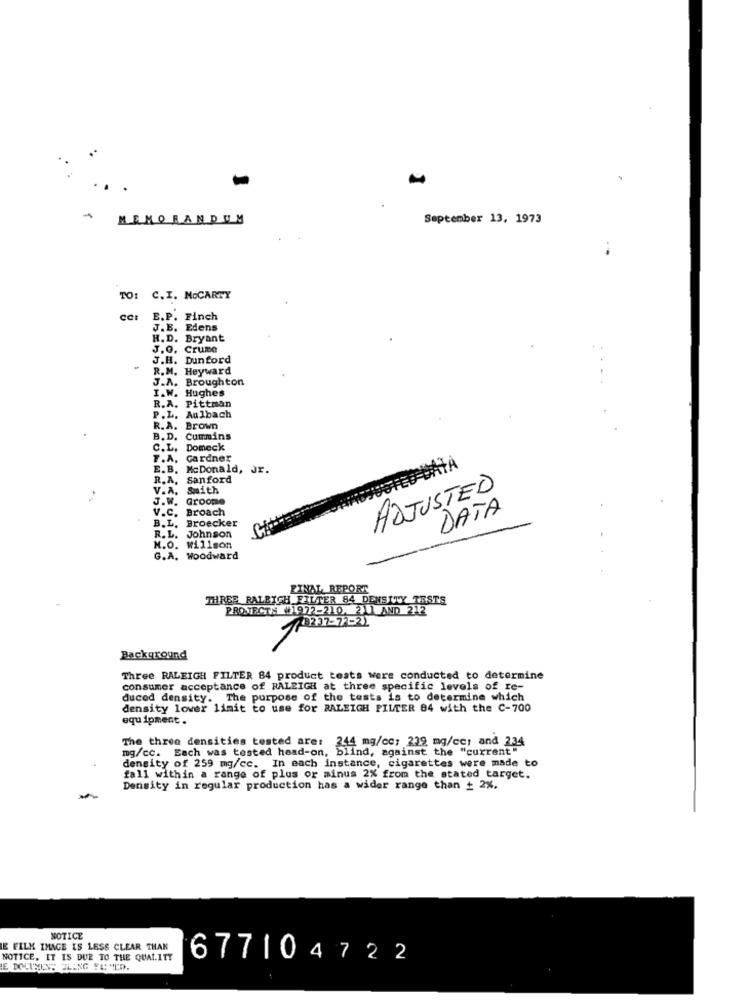
MEMORANDUM
September 13, 1973
TO: C. I. MOCARTY
car
E.P. Finch
J.B. Edens
H.D. Bryant
J.O. Crume
J.H. Dunford
R.M. Heyward
J.A. Broughton
I.W. Hughes
R.A. Pittman
P.L. Aulbach
R.A. Brown
B. D. Cummins
C.L.
Domeck
F.A. Gardner
E.B. McDonald, Jr.
R. A.
Sanford
V.A. Smith
ADJUSTED
J.W. Groome
V.C. Broach
DATA
B. L. Broecker
R. L. Johnson
M.O. Willson
G.A. woodward
FINAL REPORT
THREE RALEIGH FILTER 84 DENSITY TESTS
PROJECTS #1972-210. 211 AND 212
19237-72-21
Background
Three RALEIGH FILTER 84 product tests were conducted to determine
consumer acceptance of RALEIGH at three specific levels of re-
duced density. The purpose of the tests is to determine which
density lover limit to use for RALEIGH FILTER 84 with the C-700
equipment .
The three densities tested are:
mg/cc. Each was tested head-on, blind, against the "current"
244 mg/cc: 239 mg/cc: and 234
density of 259 mg/cc. In each instance, cigarettes were made to
fall within a range of plus or minus 2% from the stated target.
Density in regular production has a wider range than + 2%.
NOTICE
E FILK IMAGE IS LESS CLEAR THAN
NOTICE, IT IS DUE TO THE QUALITY
677104722
LE DOCUMENT ELING YEMED.